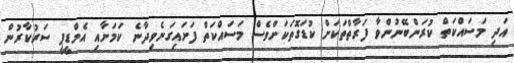
އަދި މަސައްކަތް ކުރަންބޭނުންވާ ފަރާތްތަކަށް ކުޑަގޮތަކަށްވެސް މަސައްކަތް ފަށައިގަނެވިދާނެ ކަމަށާއި އެމްޑީޕީ ސަރުކާރުން